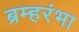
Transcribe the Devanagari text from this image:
ब्रम्हरंभा